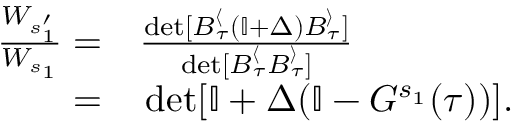
\begin{array} { r l } { \frac { W _ { s _ { 1 } ^ { \prime } } } { W _ { s _ { 1 } } } = } & { { } \frac { \operatorname* { d e t } [ B _ { \tau } ^ { \langle } \left( \mathbb { I } + { \Delta } \right) B _ { \tau } ^ { \rangle } ] } { \operatorname* { d e t } [ B _ { \tau } ^ { \langle } B _ { \tau } ^ { \rangle } ] } } \\ { = } & { { } \operatorname* { d e t } [ \mathbb { I } + { \Delta } ( \mathbb { I } - { G } ^ { s _ { 1 } } ( \tau ) ) ] . } \end{array}